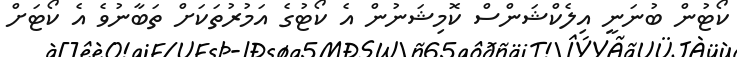
ކޯޓުން ބުނަނީ އިލެކްޝަންސް ކޮމިޝަނުން އެ ކޯޓުގެ އަމުރުތަކަށް ތަބާނުވެ އެ ކޯޓަށް